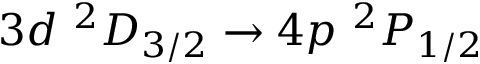
3 d \ ^ { 2 } D _ { 3 / 2 } \rightarrow 4 p \ ^ { 2 } P _ { 1 / 2 }